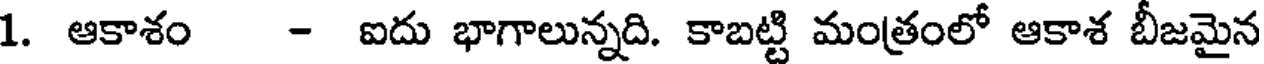
1. ఆకాశం - ఐదు భాగాలున్నది. కాబట్టి మంత్రంలో ఆకాశ బీజమైన